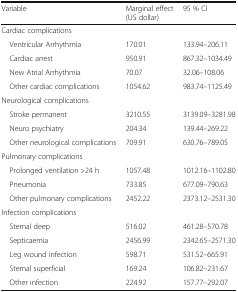
<table><thead><tr><td><b>Variable</b></td><td><b>Marginal effect (US dollar)</b></td><td><b>95 % CI</b></td></tr></thead><tbody><tr><td colspan="3">Cardiac complications</td></tr><tr><td> Ventricular Arrhythmia</td><td>170.01</td><td>133.94–206.11</td></tr><tr><td> Cardiac arrest</td><td>950.91</td><td>867.32–1034.49</td></tr><tr><td> New Atrial Arrhythmia</td><td>70.07</td><td>32.06–108.06</td></tr><tr><td> Other cardiac complications</td><td>1054.62</td><td>983.74–1125.49</td></tr><tr><td colspan="3">Neurological complications</td></tr><tr><td> Stroke permanent</td><td>3210.55</td><td>3139.09–3281.98</td></tr><tr><td> Neuro psychiatry</td><td>204.34</td><td>139.44–269.22</td></tr><tr><td> Other neurological complications</td><td>709.91</td><td>630.76–789.05</td></tr><tr><td colspan="3">Pulmonary complications</td></tr><tr><td> Prolonged ventilation &gt;24 h</td><td>1057.48</td><td>1012.16–1102.80</td></tr><tr><td> Pneumonia</td><td>733.85</td><td>677.09–790.63</td></tr><tr><td> Other pulmonary complications</td><td>2452.22</td><td>2373.12–2531.30</td></tr><tr><td colspan="3">Infection complications</td></tr><tr><td> Sternal deep</td><td>516.02</td><td>461.28–570.78</td></tr><tr><td> Septicaemia</td><td>2456.99</td><td>2342.65–2571.30</td></tr><tr><td> Leg wound infection</td><td>598.71</td><td>531.52–665.91</td></tr><tr><td> Sternal superficial</td><td>169.24</td><td>106.82–231.67</td></tr><tr><td> Other infection</td><td>224.92</td><td>157.77–292.07</td></tr></tbody></table>